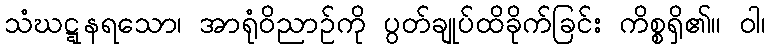
သံဃဋ္ဋနရသော၊ အာရုံဝိညာဉ်ကို ပွတ်ချုပ်ထိခိုက်ခြင်း ကိစ္စရှိ၏။ ဝါ၊